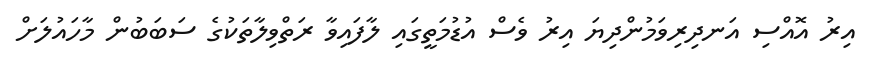
އިރު އޮއްސި އަނދިރިވަމުންދިޔަ އިރު ވެސް އުޑުމަތީގައި ލާފައިވާ ރަތްވިލާތަކުގެ ސަބަބުން މާހައުލަށް